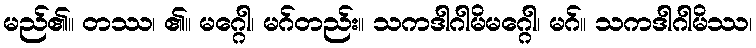
မည်၏။ တဿ၊ ၏။ မဂ္ဂေါ၊ မဂ်တည်း။ သကဒါဂါမိမဂ္ဂေါ၊ မဂ်။ သကဒါဂါမိဿ၊